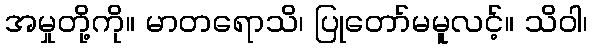
အမှုတို့ကို။ မာတရောသိ၊ ပြုတော်မမူလင့်။ သိဝါ၊